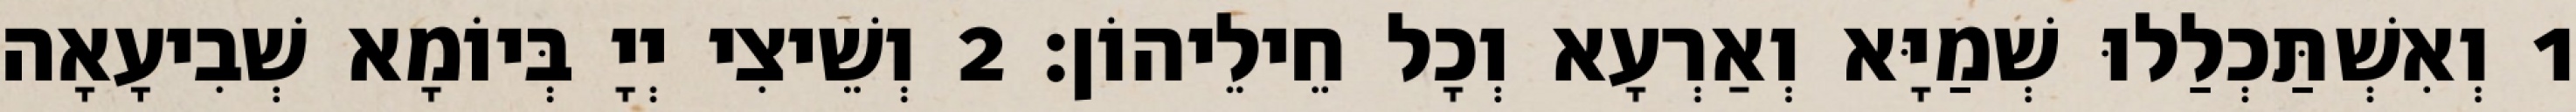
1 וְאִשְׁתַּכְלַלוּ שְׁמַיָּא וְאַרְעָא וְכָל חֵילֵיהוֹן׃ 2 וְשֵׁיצִי יְיָ בְּיוֹמָא שְׁבִיעָאָה